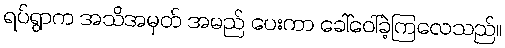
ရပ်ရွာက အသိအမှတ် အမည် ပေးကာ ခေါ်ဝေါ်ခဲ့ကြလေသည်။